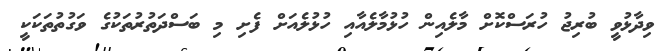
ވިދާޅުވީ ބުރިޖު ހުރަސްކޮށް މާލެއިން ހުޅުމާލެއާއި ހުޅުލެއަށް ފެށި މި ބަސްދަތުރުތަކުގެ ވަގުތުތަކަކީ